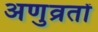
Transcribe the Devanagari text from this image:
अणुव्रतों